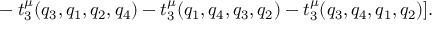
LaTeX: ~ ~ ~ ~ ~ ~ ~ ~ ~ ~ ~ - t _ { 3 } ^ { \mu } ( q _ { 3 } , q _ { 1 } , q _ { 2 } , q _ { 4 } ) - t _ { 3 } ^ { \mu } ( q _ { 1 } , q _ { 4 } , q _ { 3 } , q _ { 2 } ) - t _ { 3 } ^ { \mu } ( q _ { 3 } , q _ { 4 } , q _ { 1 } , q _ { 2 } ) ] .